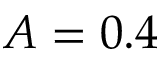
A = 0 . 4